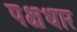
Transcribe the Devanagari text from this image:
पक्षधार